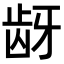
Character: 𬹺